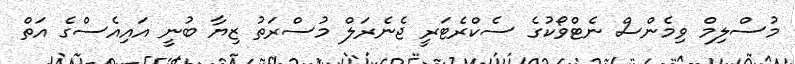
މުސްލިމް ވިމެންސް ނެޓްވޯކުގެ ސެކްރެޓަރީ ޖެނެރަލް މުސްރަތު ޒިޔާ ބުނީ އައިއެސްގެ އަތް